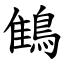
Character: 䳡